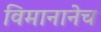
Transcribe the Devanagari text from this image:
विमानानेच